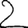
Digit: 2